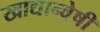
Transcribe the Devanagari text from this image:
खाद्यान्वेषी